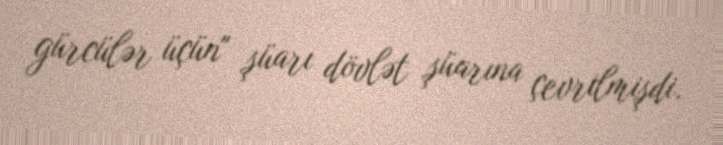
gürcülər üçün" şüarı dövlət şüarına çevrilmişdi.